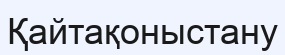
Қайтақоныстану